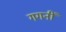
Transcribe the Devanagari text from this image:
गगनीं